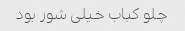
چلو کباب خیلی شور بود